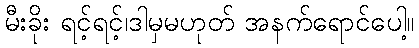
မီးခိုး ရင့်ရင့်၊ဒါမှမဟုတ် အနက်ရောင်ပေါ့။